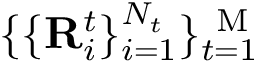
\{ \{ \mathbf { R } _ { i } ^ { t } \} _ { i = 1 } ^ { N _ { t } } \} _ { t = 1 } ^ { \mathrm { ~ M ~ } }